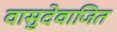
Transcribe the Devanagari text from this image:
वासुदेवाजित